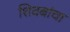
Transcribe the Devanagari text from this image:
शिवबांचा